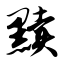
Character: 黩